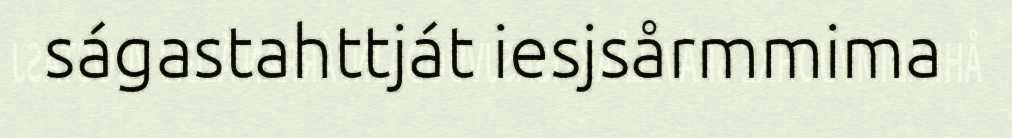
ságastahttját iesjsårmmima